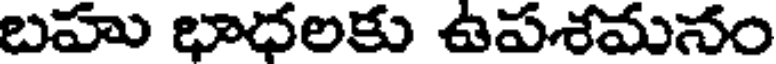
బహు భాధలకు ఉపశమనం